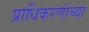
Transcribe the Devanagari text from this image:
प्राधिकरणांच्या